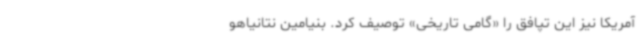
آمریکا نیز این تپافق را «گامی تاریخی» توصیف کرد. بنیامین نتانیاهو